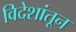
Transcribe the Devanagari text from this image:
विदेशांतून